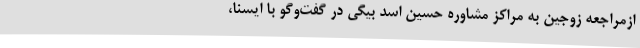
ازمراجعه زوجین به مراکز مشاوره حسین اسد بیگی در گفت‌وگو با ایسنا،